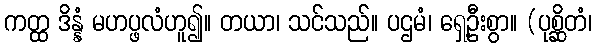
ကတ္ထ ဒိန္နံ မဟပ္ဖလံဟူ၍။ တယာ၊ သင်သည်။ ပဌမံ၊ ရှေ့ဦးစွာ။ (ပုစ္ဆိတံ၊